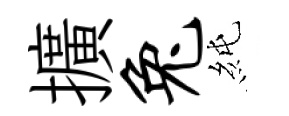
擴兔純